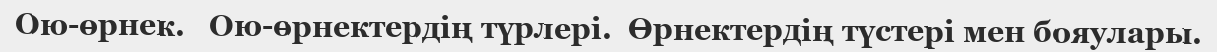
Ою-өрнек.   Ою-өрнектердің түрлері.  Өрнектердің түстері мен бояулары.